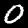
Digit: 0